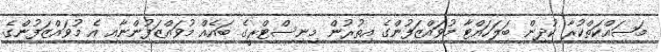
މަސައްކަތްކުރާ ކުދިން ބަލަހައްޓާ މުވައްޒަފުންގެ އިތުރުން މިނިސްޓްރީގެ ބައެއް މުވައްޒަފުންނާއި އެ މުވައްޒަފުންގެ